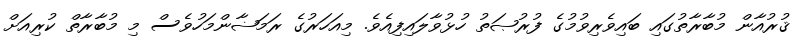
ޤުރުއާން މުބާރާތުގައި ބައިވެރިވުމުގެ ފުރުޞަތު ހުޅުވާލައިފިއެވެ. މިއަހަރުގެ ރަމަޟާންމަހުވެސް މި މުބާރާތް ކުރިއަށް